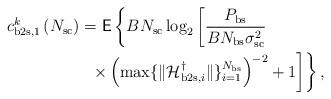
LaTeX: \begin{align*}c^k_{\mathrm{b2s},1}\left( N_{\mathrm{sc}} \right) & = \mathsf{E} \left\lbrace B N_{\mathrm{sc}} \log_2\left[ \frac{P_{\mathrm{bs}}}{ BN_{\mathrm{bs}}\sigma^2_{\mathrm{sc}} } \right. \right. \\ & \left. \left. \,\,\, \times \left(\max \{ \|\mathcal{H}^{\dagger}_{\mathrm{b2s},i} \| \}_{i=1}^{N_{\mathrm{bs}}} \right)^{-2} +1 \right] \right\rbrace,\end{align*}